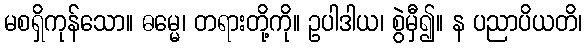
မစရှိကုန်သော။ ဓမ္မေ၊ တရားတို့ကို။ ဥပါဒါယ၊ စွဲမှီ၍။ န ပညာပိယတိ၊